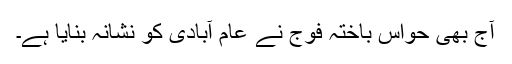
آج بھی حواس باختہ فوج نے عام آبادی کو نشانہ بنایا ہے۔